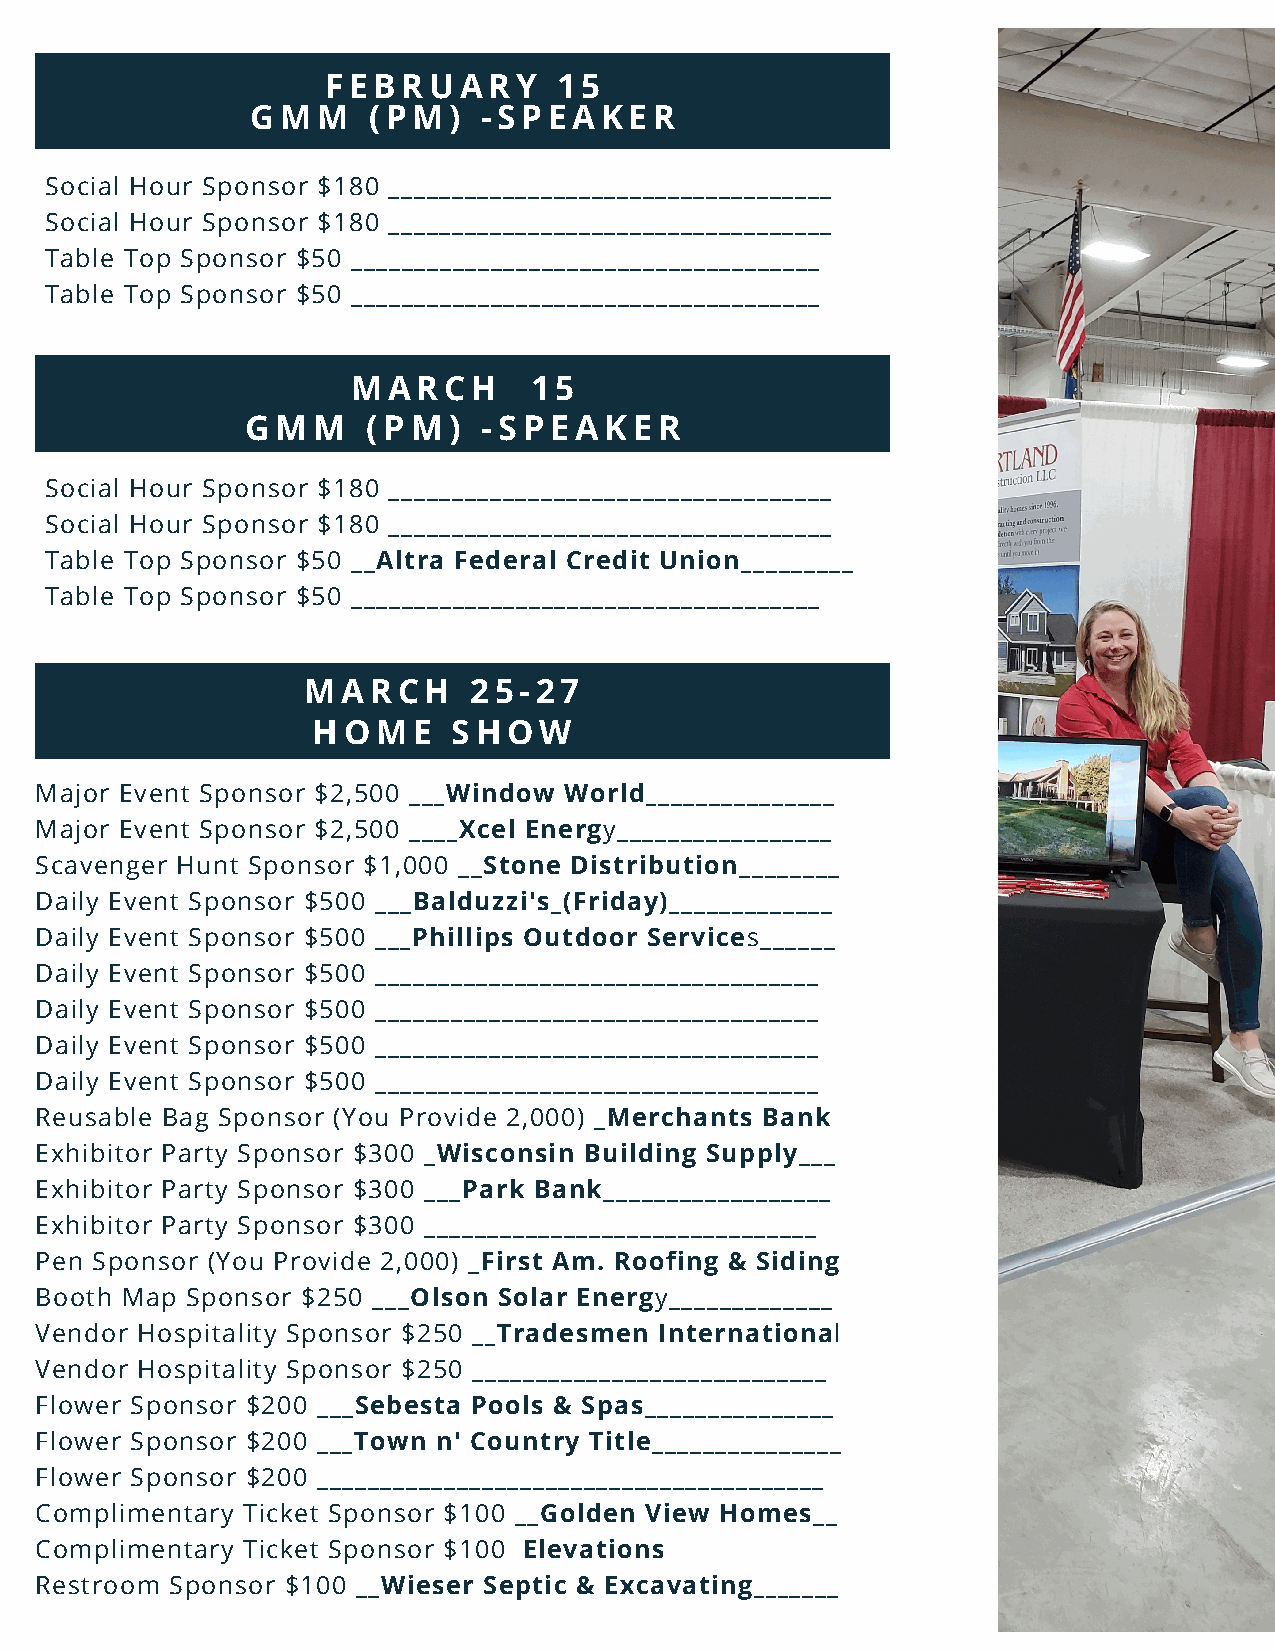
FEBRUARY        15
 GMM    (PM)    -SPEAKER
 Social Hour Sponsor $180 ___________________________________
 Social Hour Sponsor $180 ___________________________________
 Table Top Sponsor $50 _____________________________________
 Table Top Sponsor $50 _____________________________________
 MARCH       15
 GMM     (PM)    -SPEAKER
 Social Hour Sponsor $180 ___________________________________
 Social Hour Sponsor $180 ___________________________________
 Table Top Sponsor $50 __Altra Federal Credit Union_________
 Table Top Sponsor $50 _____________________________________
 MARCH      25-27
 HOME     SHOW
 Major Event Sponsor $2,500 ___Window World_______________
 Major Event Sponsor $2,500 ____Xcel Energy_________________
 Scavenger Hunt Sponsor $1,000 __Stone Distribution________
 Daily Event Sponsor $500 ___Balduzzi's_(Friday)_____________
 Daily Event Sponsor $500 ___Phillips Outdoor Services______
 Daily Event Sponsor $500 ___________________________________
 Daily Event Sponsor $500 ___________________________________
 Daily Event Sponsor $500 ___________________________________
 Daily Event Sponsor $500 ___________________________________
 Reusable Bag Sponsor (You Provide 2,000) _Merchants Bank
 Exhibitor Party Sponsor $300 _Wisconsin Building Supply___
 Exhibitor Party Sponsor $300 ___Park Bank__________________
 Exhibitor Party Sponsor $300 _______________________________
 Pen Sponsor (You Provide 2,000) _First Am. Roofing & Siding
 Booth Map Sponsor $250 ___Olson Solar Energy_____________
 Vendor Hospitality Sponsor $250 __Tradesmen International
 Vendor Hospitality Sponsor $250 ____________________________
 Flower Sponsor $200 ___Sebesta Pools & Spas_______________
 Flower Sponsor $200 ___Town n' Country Title_______________
 Flower Sponsor $200 ________________________________________
 Complimentary Ticket Sponsor $100 __Golden View Homes__
 Complimentary Ticket Sponsor $100 Elevations
 Restroom Sponsor $100 __Wieser Septic & Excavating_______